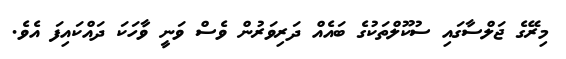
މިރޭގެ ޖަލްސާގައި ސުކޫލްތަކުގެ ބައެއް ދަރިވަރުން ވެސް ވަނީ ވާހަކަ ދައްކައިފަ އެވެ.